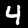
Digit: 4